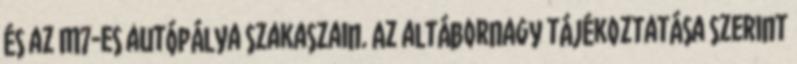
és az M7-es autópálya szakaszain. Az altábornagy tájékoztatása szerint